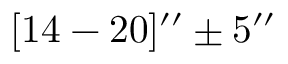
[ 1 4 - 2 0 ] ^ { \prime \prime } \pm 5 ^ { \prime \prime }